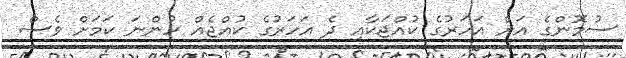
ސުމޮންގެ އަށް އަހަރުގެ ކުއްޖަކާއި ދެ އަހަރުގެ ކުއްޖެއް ހުންނަ ކަމަށް ވެސް